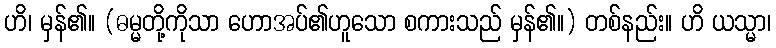
ဟိ၊ မှန်၏။ (ဓမ္မတို့ကိုသာ ဟောအပ်၏ဟူသော စကားသည် မှန်၏။) တစ်နည်း။ ဟိ ယသ္မာ၊